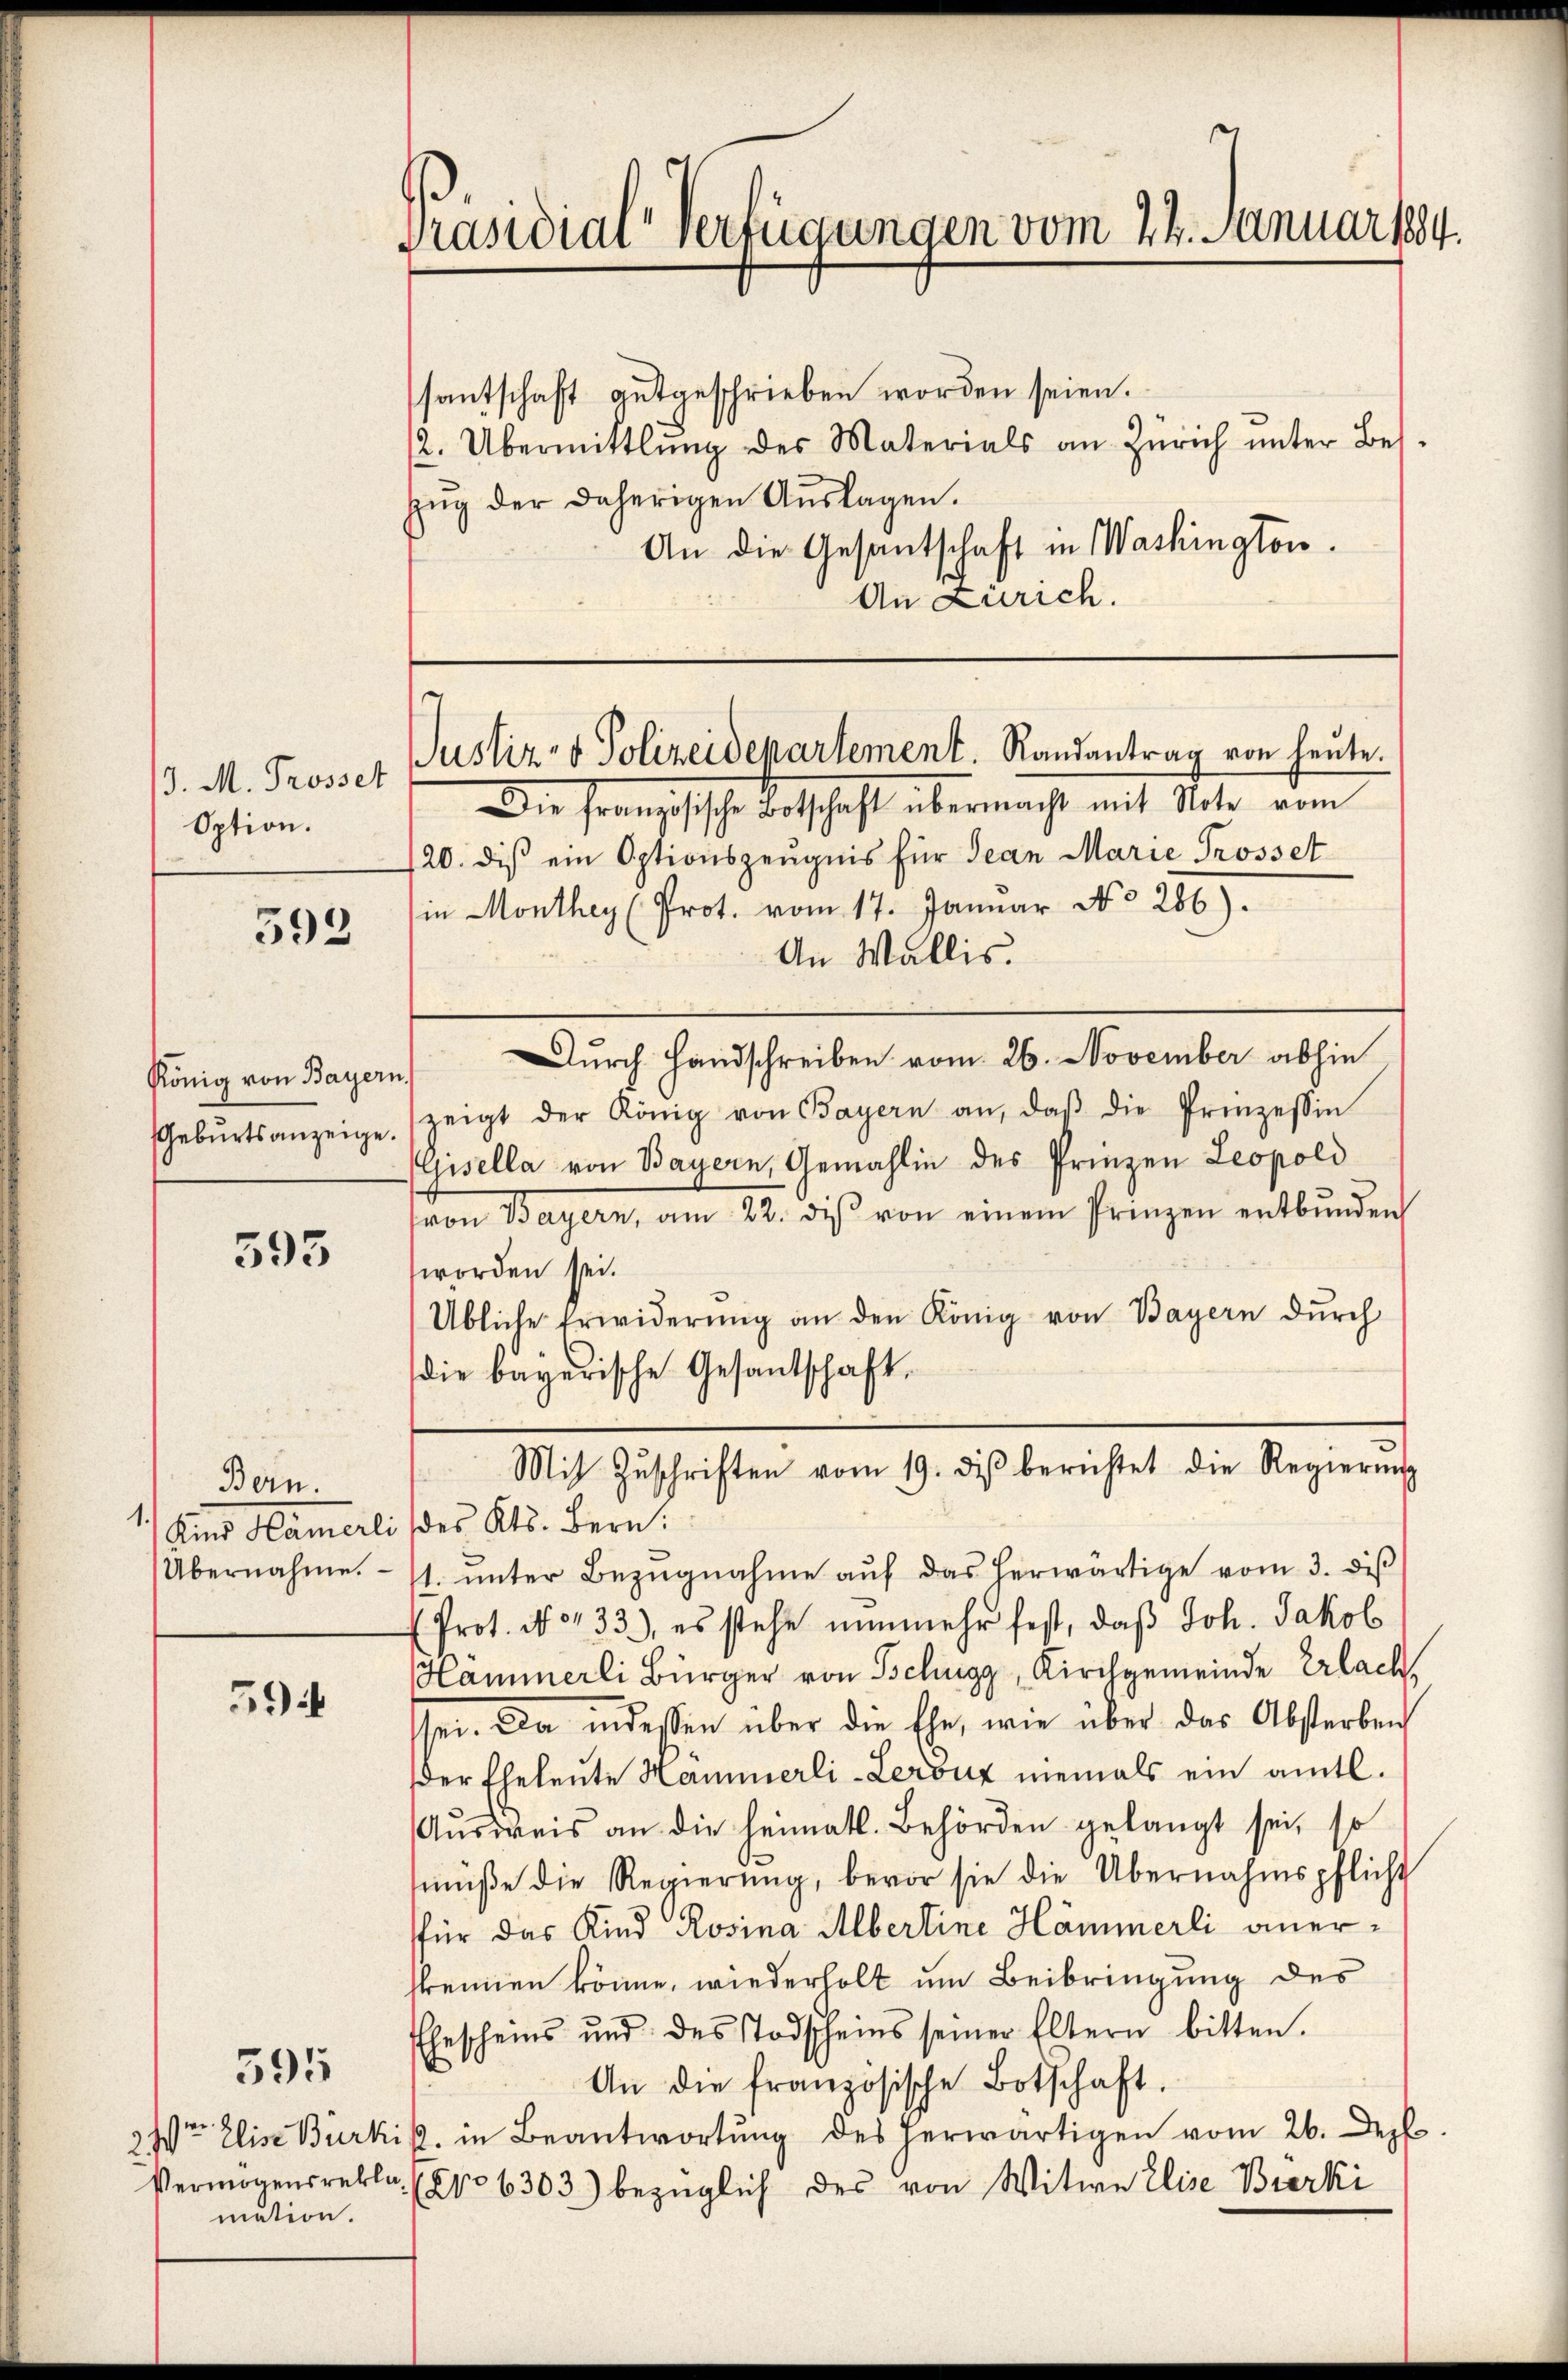
J. M. Trosset
Option.

592

595

Bern.
1
Übernahme.

59 i

595

Präsidial-Verfügungen vom 24. Januar 184.

König von Bayern,
Geburtsanzeige.

24ten Elise Bürki
Vermögensrekla
mation.

santschaft gutgeschrieben worden seien.
2. Übermittlung des Materials an Zürich ŭnter Bes
zŭg der daherigen Aŭslagen.
An die Gesantschaft in Washington.
An Zürich.

Die Französische Betschaft übermacht mit Seiter vom
120. dis ein Optionszeugnis für Jean Marie Trosset
in Monthey (Prot. vom 17. Januar No 286).
An Wallis.
Durch Handschreiben vom 26. November abhin
zeigt der König von Bayern an, daβ die Prinzessin
Gisella von Bayern, Gemahlin des Prinzen Leopold
(von Bayern, am 22. diβ von einem Prinzen entbunden
worden sei.
Übliche Erwiderŭng an den König von Bayern dŭrch
die bayerische Gesantschaft.
Kind Hamerli des Kts. Bern:
1. ŭnter Bezŭgnahme aŭf das herwärtige vom 3. diβ
 Prot. N. 133), es stehe nunmehr fest, daß Joh. Jakob
Hämmerli Bürger von Schugg, Kirchgemeinde Erlach,
sei. Da indessen über die Ehe, wie über das Absterben
der Eheleute Hammerli-Lerouz niemals ein amtl.
Aŭsweis an die heimatl. Behörden gelangt sei, so
müβe die Regierŭng, bevor sie die Übernahmspflicht
für das Kind Rosina Albertine Hämmerli anerskennen könne, wiederholt um Beibringung des
Ehescheins und des Todscheins seiner Eltern bitten.
An die französische Botschaft.
p. in Beantwortung des herwärtigen vom 26. Dez
(No 6303) bezüglich des von Witwe Elise Bierki

Justiz- & Polizeidepartement. Randantrag von heute.

Mit Zŭschriften vom 19. dβ berichtet die Regierŭng